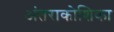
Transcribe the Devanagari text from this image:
अंतराकोशिका